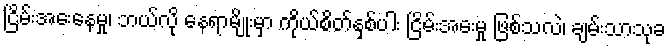
ငြိမ်းအေးနေမှု၊ ဘယ်လို နေရာမျိုးမှာ ကိုယ်စိတ်နှစ်ပါး ငြိမ်းအေးမှု ဖြစ်သလဲ၊ ချမ်းသာသုခ